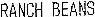
RANCH BEANS